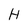
Character: H